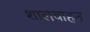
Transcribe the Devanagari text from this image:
शालवाहन